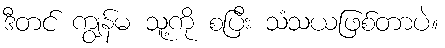
ဒီတင် ကျွန်မ သူ့ကို စပြီး သံသယဖြစ်တာပဲ။